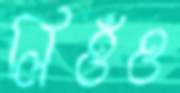
লিওঁও